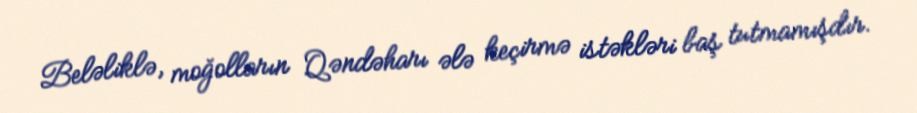
Beləliklə, moğolların Qəndəharı ələ keçirmə istəkləri baş tutmamışdır.